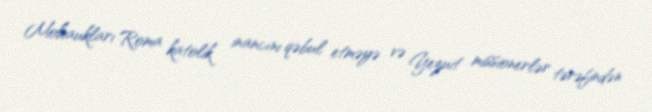
Mohaukları Roma katolik inancını qəbul etməyə və Yezuit missionerlər tərəfindən